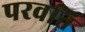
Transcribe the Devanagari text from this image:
परवर्ति